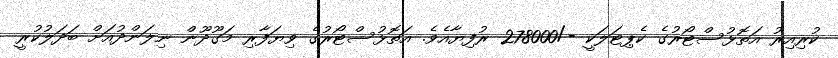
ކުރިއިރު އަތޮޅުސްޓޯރުގެ ކެޕިޓަލަކީ -/278000 ރުފިޔާއެވެ. އަތޮޅުސްޓޯރުގެ ވިޔަފާރި މަގޫދޫން ނިލަންދުއަށް ބަދަލުކުރީ